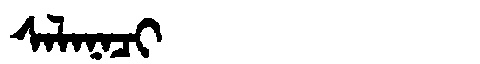
Manchu: ᠰᠠᠯᠠᠨᠠᠴᡳ
Romanization: SALANACI